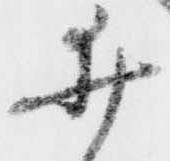
井